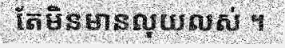
តែមិនមានលុយលស់ ។